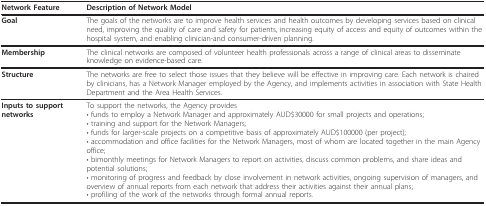
<table><thead><tr><td><b>Network Feature</b></td><td><b>Description of Network Model</b></td></tr></thead><tbody><tr><td><b>Goal</b></td><td>The goals of the networks are to improve health services and health outcomes by developing services based on clinical need, improving the quality of care and safety for patients, increasing equity of access and equity of outcomes within the hospital system, and enabling clinician-and consumer-driven planning.</td></tr><tr><td><b>Membership</b></td><td>The clinical networks are composed of volunteer health professionals across a range of clinical areas to disseminate knowledge on evidence-based care.</td></tr><tr><td><b>Structure</b></td><td>The networks are free to select those issues that they believe will be effective in improving care. Each network is chaired by clinicians, has a Network Manager employed by the Agency, and implements activities in association with State Health Department and the Area Health Services.</td></tr><tr><td><b>Inputs to support networks</b></td><td>To support the networks, the Agency provides• funds to employ a Network Manager and approximately AUD$30000 for small projects and operations;• training and support for the Network Managers;• funds for larger-scale projects on a competitive basis of approximately AUD$100000 (per project);• accommodation and office facilities for the Network Managers, most of whom are located together in the main Agency office;• bimonthly meetings for Network Managers to report on activities, discuss common problems, and share ideas and potential solutions;• monitoring of progress and feedback by close involvement in network activities, ongoing supervision of managers, and overview of annual reports from each network that address their activities against their annual plans;• profiling of the work of the networks through formal annual reports.</td></tr></tbody></table>